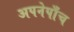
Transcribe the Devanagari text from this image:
अपनेपाँच